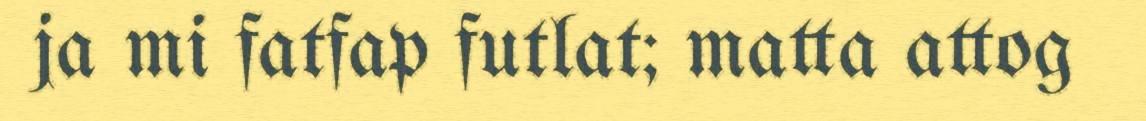
ja mi fatfap futlat; matta attog